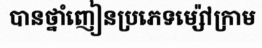
បានថ្នាំញៀនប្រភេទម្ស៉ៅក្រាម